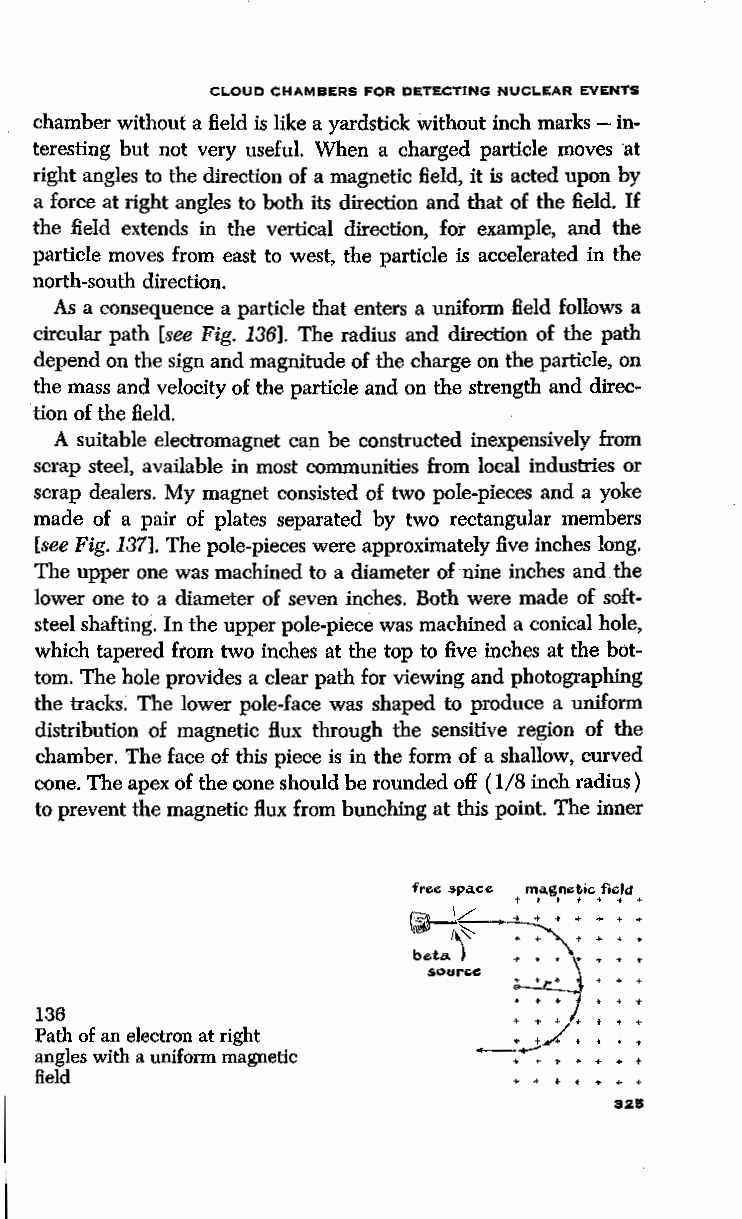
CLOUD CHAMBERS FOR DETECTING NUCLEAR. EVENTS
 chamber without a field is like a yardstick without inch marks - in
 teresting but not very useful. When a charged particle moves at
 right angles to the direction of a magnetic field, it is acted upon by
 a force at right angles to both its direction and that of the field. If
 the field extends in the vertical direction, for example, and the
 particle moves from east to west, the particle is accelerated in the
 north-south direction.
 As a consequence a particle that enters a uniform field follows a
 circular path [see Fig. 136]. The radius and direction of the path
 depend on the sign and magnitude of the charge on the particle, on
 the mass and velocity of the particle and on the strength and direc
 tion of the field.
 A suitable electromagnet can be constructed inexpensively from
 scrap steel, available in most communities from local industries or
 scrap dealers. My magnet consisted of two pole-pieces and a yoke
 made of a pair of plates separated by two rectangular members
 [see Fig. 137]. The pole-pieces were approximately five inches long.
 The upper one was machined to a diameter of nine inches and the
 lower one to a diameter of seven inches. Both were made of soft
 steel shafting. In the upper pole-piece was machined a conical hole,
 which tapered from two inches at the top to five inches at the bot
 tom. The hole provides a clear path for viewing and photographing
 the tracks. The lower pole-face was shaped to produce a uniform
 distribution of magnetic flux through the sensitive region of the
 chamber. The face of this piece is in the form of a shallow, curved
 cone. The apex of the cone should be rounded off ( 1!8 inch radius)
 to prevent the magnetic flux from bunching at this point. The inner
 free spa.ce m<~.gn.,t•c field
 t t t ,. .. ,. ..
 ~(    ~·   j •
 +-
 ''" - + '\ t •
 beta ) + ••
 souree
 ~·
 136                          --+ + ~ t- oj. T
 Path of an electron at right    + T -+/ + t
 ... +..-4" t + + 1'
 angles with a uniform magnetic
 •      + t
 field
 • t
 325